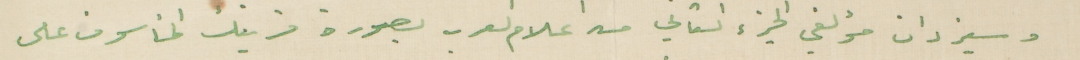
وسيزدان مؤلفي الجزء الثاني من اعلام العرب بصورة قرينك المأسوف على